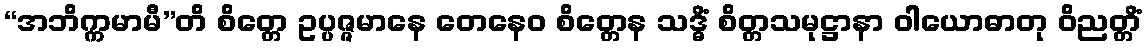
“အဘိက္ကမာမီ”တိ စိတ္တေ ဥပ္ပဇ္ဇမာနေ တေနေဝ စိတ္တေန သဒ္ဓိံ စိတ္တသမုဋ္ဌာနာ ဝါယောဓာတု ဝိညတ္တိံ